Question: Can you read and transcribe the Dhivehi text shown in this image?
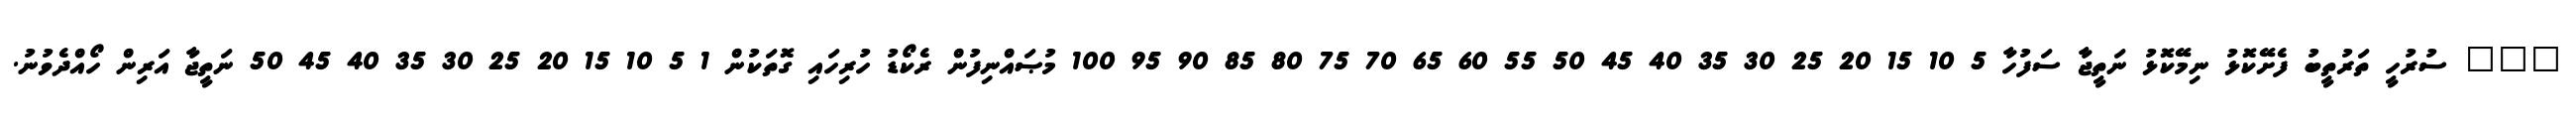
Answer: ??? ސުރުހީ ތަރުތީބު ފެށޭކޮޅު ނިމޭކޮޅު ނަތީޖާ ސަފުހާ 5 10 15 20 25 30 35 40 45 50 55 60 65 70 75 80 85 90 95 100 މުޞައްނިފުން ރެކޯޑު ހުރިހައި ގޮތަކުން 1 5 10 15 20 25 30 35 40 45 50 ނަތީޖާ އަރިން ހޯއްދެވުނު.